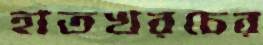
হাতখরচের